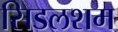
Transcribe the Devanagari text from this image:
सिडलशम